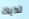
لديك